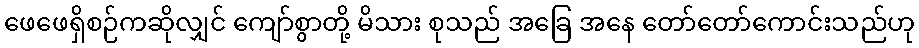
ဖေဖေရှိစဉ်ကဆိုလျှင် ကျော်စွာတို့ မိသား စုသည် အခြေ အနေ တော်တော်ကောင်းသည်ဟု